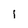
Character: i